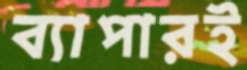
ব্যাপারই